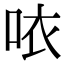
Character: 𠲖